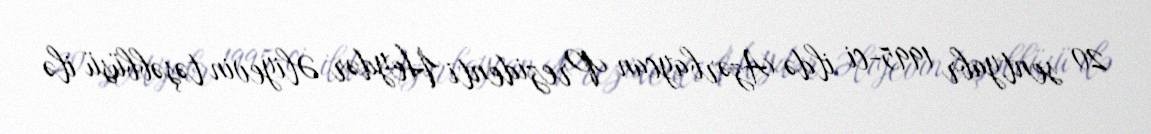
20 sentyabr 1995-ci ildə Azərbaycan Prezidenti Heydər Əliyevin təşəbbüsü ilə